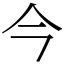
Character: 今